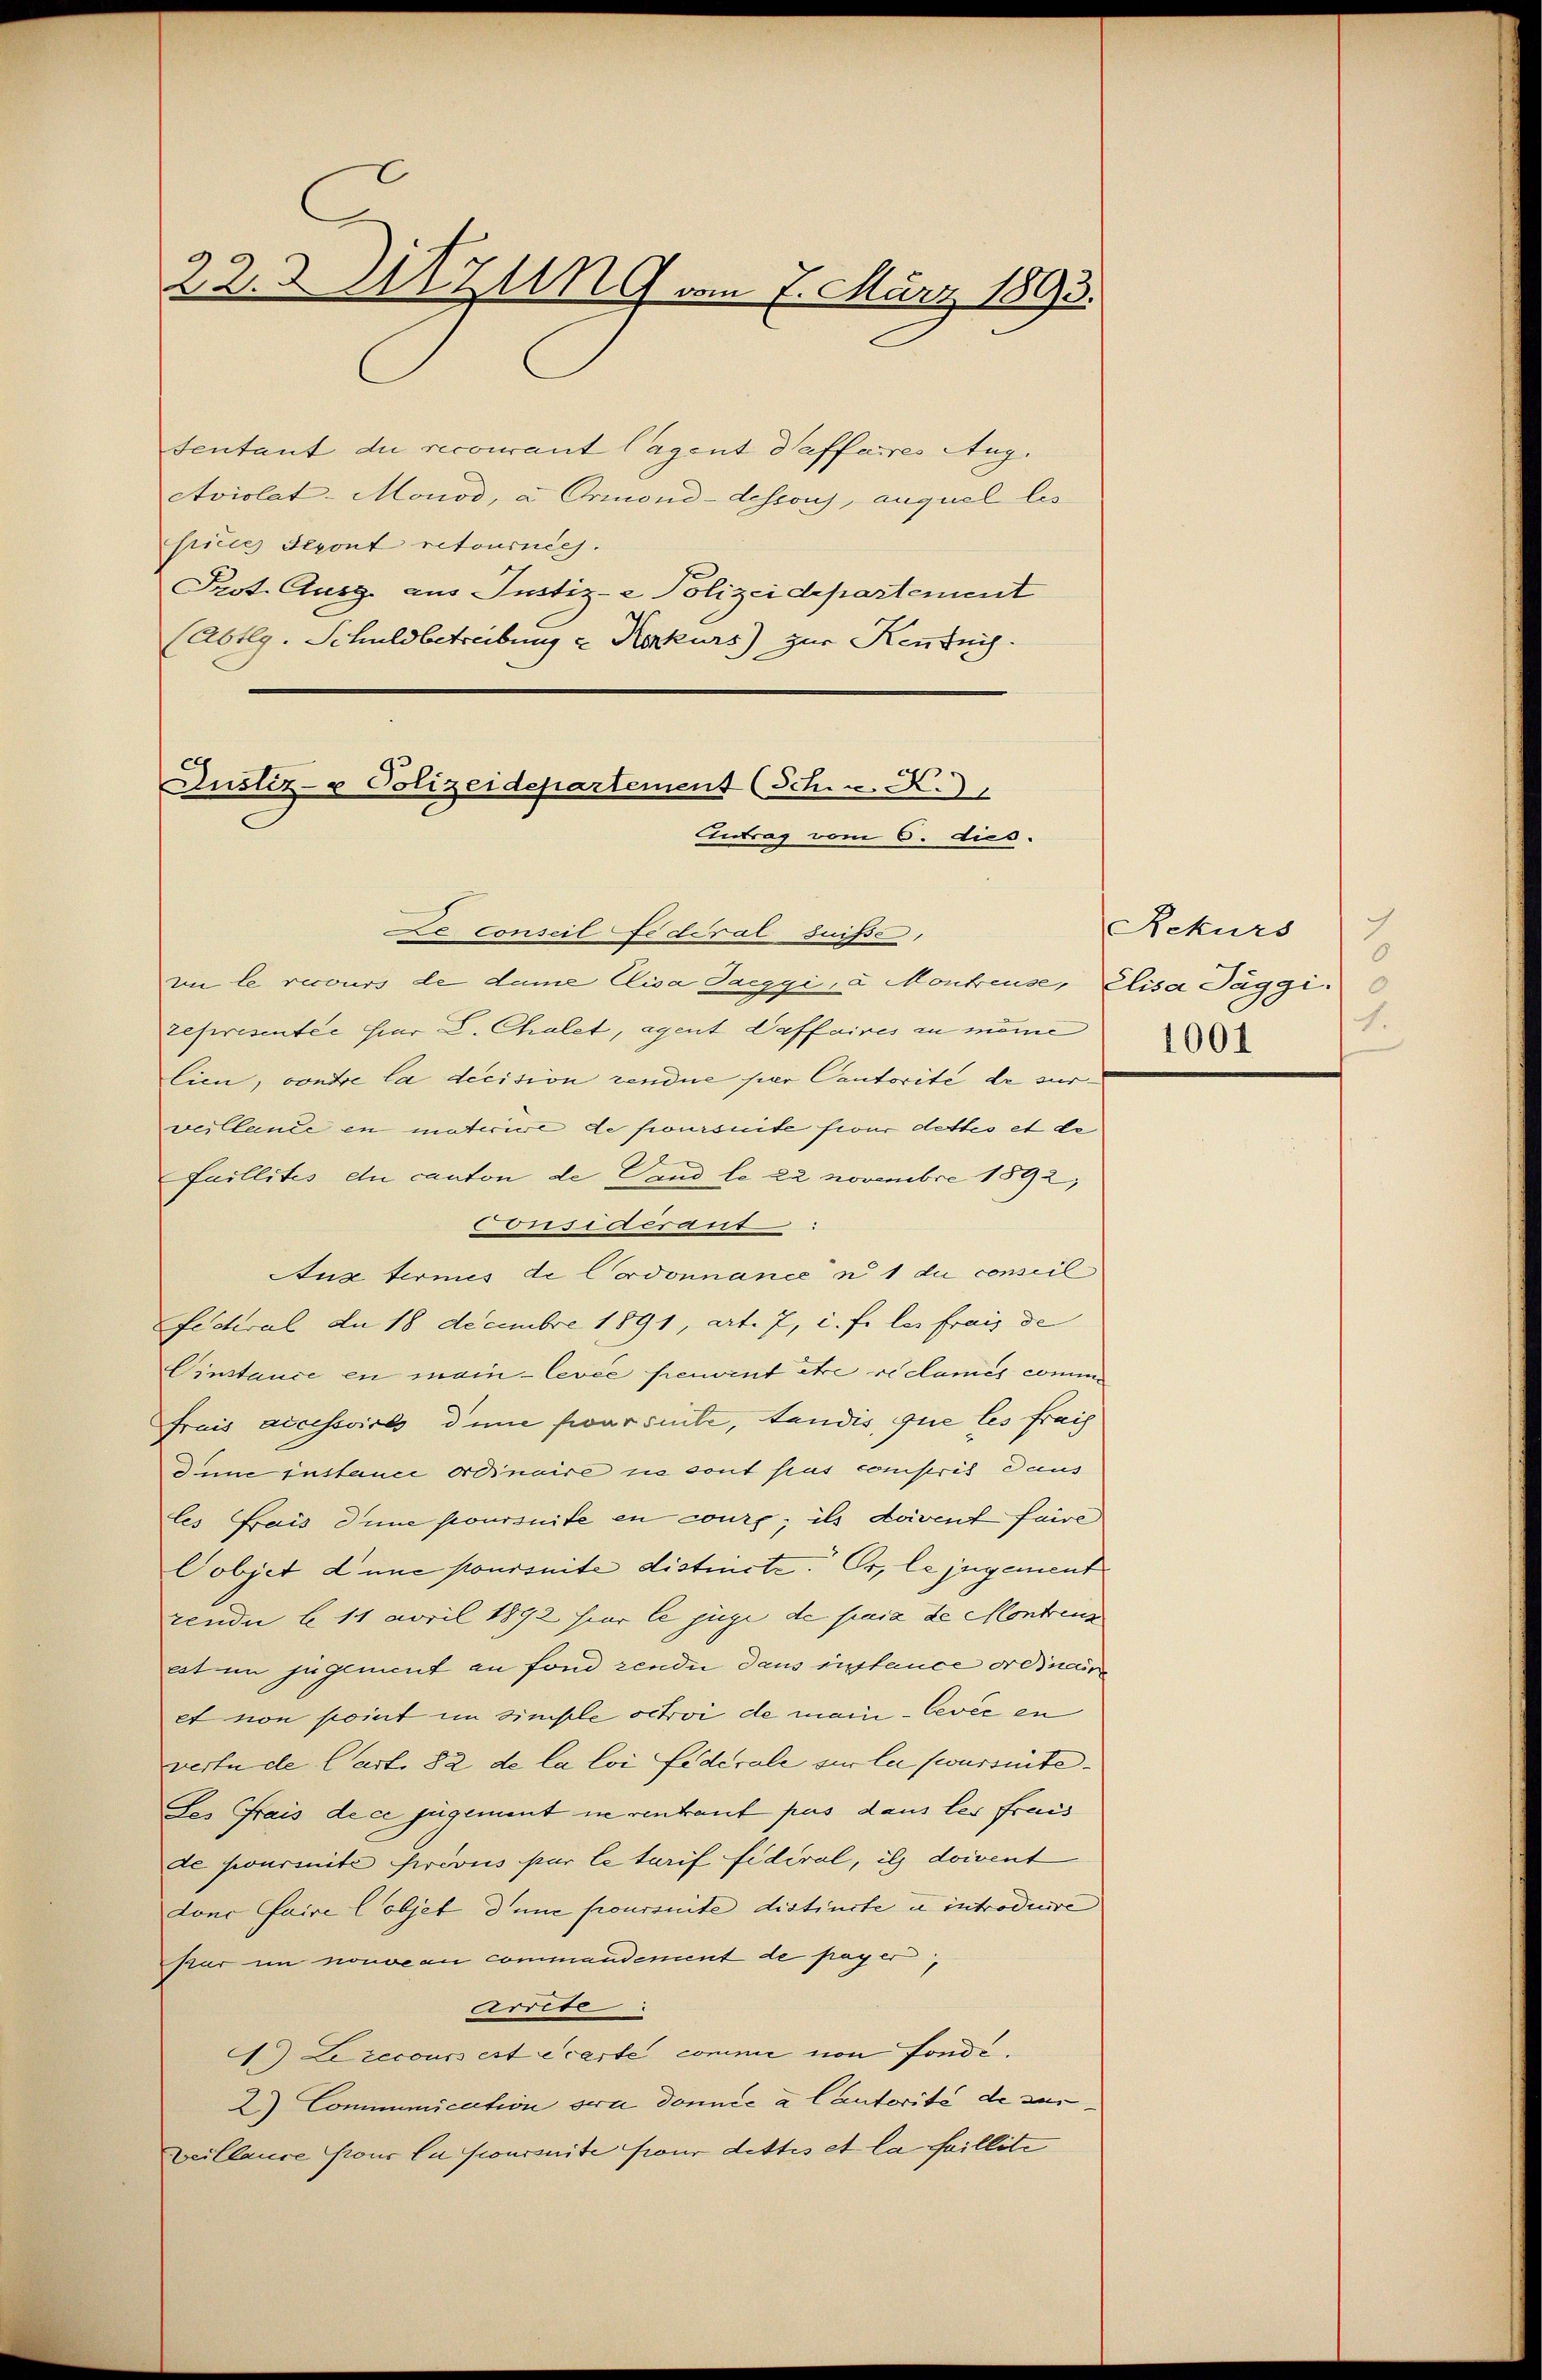
22. d. M. UG vom 7. März 1893.

sentant du recourant lagent daffaires Aug.
Aviolat-Monod, a. Ormond-dessous, auquel les
fice Seront retournées.
Prot. Ausg. aus Justiz- & Polizeidepartement
(Abtlg. Schuldbetreibung & Konkurs) zur Kenntnis.

Justiz- & Polizeidepartement (Schw. R.
Antrag vom 6. dies.

Le conseil fédéral suise,
im le recours de dame Elisa Sarggi, à Montreuse, Elisa Jäggi.
représenter hier L. Chalet, agent Waffaires zu meine
lien, contre la decision rendue per Cantorité de surveillance en materire de poursuite frour dettes et de
Faillites en canton de Wand lo 22 Novembre 1892,
Considérant
Aux termes de Cordonnance u. 1 du conseil
Fedral an 18 Decembre 1891, art. 7, c. fr. les frais de
Einstance en main-levée peuvent être ce caniis commi
Frais accessoires dene farsite, tandis, que les frais
dum instance ordinaire ne sont pas compris daus
les frais dene poursuite en cours; ils doivent faire
Pobjet d’une poursuite distincte. Er, le jugement
zende b 11 April 1892 hier le juge de paia de Montreng
ast im jugement an fond zende dans instance ordiner
et non point im simische sctroi de mein bevée en
vertu de Cast. 82 de la loi fédérale sie la swursuite
des Frais de ce jugement ne rentant pas dans les frais
de journité provis par letarif fidéral, ils doivent
Lonc faire l’objet d’une poursuite distincte u introducire
Prar im nonoean commandement de payer,
Arrite
1) Le recours est écarte comme von fonde.
2) Communication sera donnée a Cautorité de sur
veillause pour la poursuite für dettes et la faillite

Rekurs
2
0
.
1001